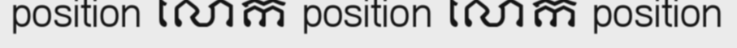
position លោក position លោក position